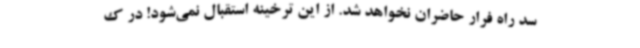
سد راه فرار حاضران نخواهد شد. از این ترخینه استقبال نمی‌شود! در ک